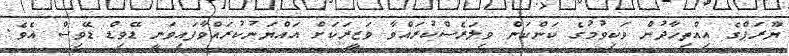
ޔޫރަޕްގެ އިއްތިހާދުން ވަކިވުމުގެ ކަންކަން ވިލަރެސްކުރައްވާ ވަޒީރަކަށް އައްޔަނުކުރައްވާފައިވަނީ ޑޭވިޑް ޑޭވިސް އެވެ.